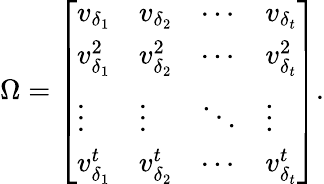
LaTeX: \Omega=\left[\begin{array}{llll}{v_{\delta_{1}}}&{v_{\delta_{2}}}&{\cdots}&{v_{\delta_{t}}}\\ {v_{\delta_{1}}^{2}}&{v_{\delta_{2}}^{2}}&{\cdots}&{v_{\delta_{t}}^{2}}\\ {\vdots}&{\vdots}&{\ddots}&{\vdots}\\ {v_{\delta_{1}}^{t}}&{v_{\delta_{2}}^{t}}&{\cdots}&{v_{\delta_{t}}^{t}}\end{array}\right].